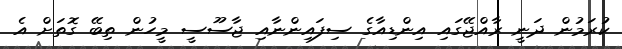
ކުރަމުން ދަނީ ރާއްޖޭގައި އިންޑިއާގެ ސިފައިންނާއި ޖާސޫސީ މީހުން ތިބޭ ގޮތަށް އެ